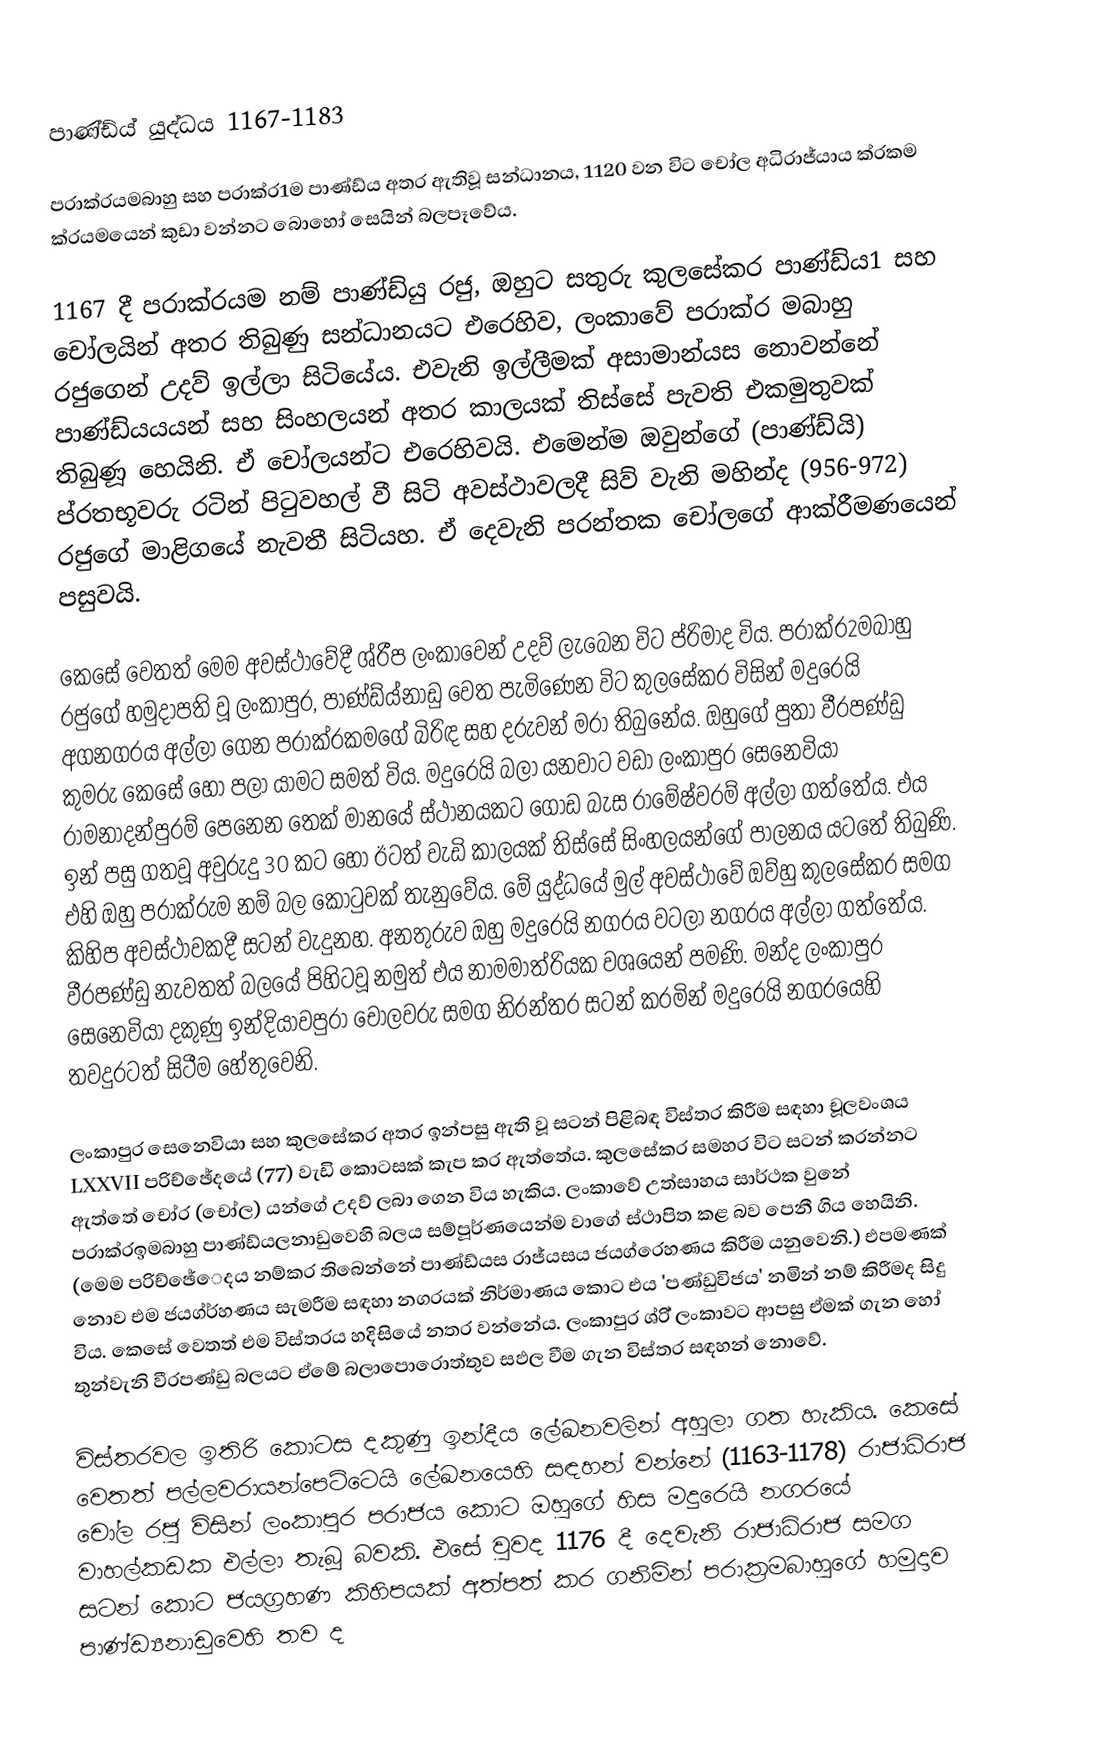
පාණ්ඩ්ය් යුද්ධය 1167-1183

පරාක්රයමබාහු සහ පරාක්ර1ම පාණ්ඩ්ය  අතර ඇතිවූ සන්ධානය, 1120 වන විට චෝල අධිරාජ්යාය ක්රකම ක්රයමයෙන් කුඩා වන්නට බොහෝ සෙයින් බලපෑවේය.

1167 දී පරාක්රයම නම් පාණ්ඩ්යු රජු, ඔහුට  සතුරු කුලසේකර පාණ්ඩ්ය1 සහ චෝලයින් අතර තිබුණු සන්ධානයට එරෙහිව, ලංකාවේ පරාක්ර මබාහු රජුගෙන් උදව් ඉල්ලා සිටියේය. එවැනි ඉල්ලීමක් අසාමාන්යස නොවන්නේ පාණ්ඩ්යයයන් සහ සිංහලයන් අතර කාලයක් තිස්සේ පැවති එකමුතුවක් තිබුණූ හෙයිනි. ඒ චෝලයන්ට එරෙහිවයි. එමෙන්ම ඔවුන්ගේ (පාණ්ඩ්යි) ප්රතභූවරු රටින් පිටුවහල් වී සිටි අවස්ථාවලදී සිව් වැනි මහින්ද (956-972) රජුගේ මාළිගයේ නැවතී සිටියහ. ඒ දෙවැනි පරන්තක චෝලගේ ආක්රීමණයෙන් පසුවයි.

කෙසේ වෙතත් මෙම අවස්ථාවේදී ශ්රීප ලංකාවෙන් උදව් ලැබෙන විට ප්රිමාද විය. පරාක්ර2මබාහු රජුගේ හමුදාපති වූ ලංකාපුර, පාණ්ඩ්ය්නාඩු වෙත පැමිණෙන විට කුලසේකර විසින් මදුරෙයි අගනගරය අල්ලා ගෙන පරාක්රකමගේ බිරිඳ සහ දරුවන් මරා තිබුනේය. ඔහුගේ පුතා වීරපණ්ඩු කුමරු කෙසේ හෝ පලා යාමට සමත් විය. මදුරෙයි බලා යනවාට වඩා ලංකාපුර සෙනෙවියා රාමනාදන්පුරම් පෙනෙන තෙක් මානයේ ස්ථානයකට ගොඩ බැස රාමේෂ්වරම් අල්ලා ගත්තේය. එය ඉන් පසු ගතවූ අවුරුදු 30 කට හෝ ඊටත් වැඩි කාලයක් තිස්සේ සිංහලයන්ගේ පාලනය යටතේ තිබුණි. එහි ඔහු පරාක්රුම නම් බල කොටුවක් තැනුවේය. මේ යුද්ධයේ මුල් අවස්ථාවේ ඔව්හු කුලසේකර සමග කිහිප අවස්ථාවකදී සටන් වැදුනහ. අනතුරුව ඔහු මදුරෙයි නගරය වටලා නගරය අල්ලා ගත්තේය. වීරපණ්ඩු නැවතත් බලයේ පිහිටවූ නමුත් එය නාමමාත්රියක වශයෙන් පමණි. මන්ද ලංකාපුර සෙනෙවියා දකුණු ඉන්දියාවපුරා චෝලවරු සමග නිරන්තර සටන් කරමින් මදුරෙයි නගරයෙහි තවදුරටත් සිටීම හේතුවෙනි.

ලංකාපුර සෙනෙවියා සහ කුලසේකර අතර ඉන්පසු ඇති වූ සටන් පිළිබඳ විස්තර කිරීම සඳහා චූලවංශය LXXVII පරිච්ඡේදයේ (77) වැඩි කොටසක් කැප කර ඇත්තේය. කුලසේකර සමහර විට සටන් කරන්නට ඇත්තේ චෝර (චෝල) යන්ගේ උදව් ලබා ගෙන විය හැකිය. ලංකාවේ උත්සාහය සාර්ථක වුනේ පරාක්රඉමබාහු පාණ්ඩ්යලනාඩුවෙහි බලය සම්පූර්ණයෙන්ම වාගේ ස්ථාපිත කළ බව පෙනී ගිය හෙයිනි. (මෙම පරිච්ඡේෙදය නම්කර තිබෙන්නේ පාණ්ඩ්යස රාජ්යසය ජයග්රෙහණය කිරීම යනුවෙනි.) එපමණක් නොව එම ජයග්ර්හණය සැමරීම සඳහා නගරයක් නිර්මාණය කොට එය 'පණ්ඩුවිජය' නමින් නම් කිරීමද සිදු විය. කෙසේ වෙතත් එම විස්තරය හදිසියේ නතර වන්නේය. ලංකාපුර ශ්රි් ලංකාවට ආපසු ඒමක් ගැන හෝ තුන්වැනි වීරපණ්ඩු බලයට ඒමේ බලාපොරොත්තුව සඵල වීම ගැන විස්තර සඳහන් නොවේ.

විස්තරවල ඉතිරි කොටස දකුණු ඉන්දීය ලේඛනවලින් අහුලා ගත හැකිය. කෙසේ වෙතත් පල්ලවරායන්පෙට්ටෙයි ලේඛනයෙහි සඳහන් වන්නේ (1163-1178) රාජාධිරාජ චෝල රජු විසින් ලංකාපුර පරාජය කොට ඔහුගේ හිස මදුරෙයි නගරයේ වාහල්කඩක එල්ලා තැබූ බවකි. එසේ වුවද 1176 දී දෙවැනි රාජාධිරාජ සමග සටන් කොට ජයග්‍රහණ කිහිපයක් අත්පත් කර ගනිමින් පරාක්‍රමබාහුගේ හමුදාව පාණ්ඩ්‍යනාඩුවෙහි තව ද